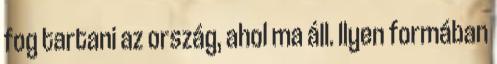
fog tartani az ország, ahol ma áll. Ilyen formában